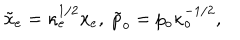
\tilde { x } _ { e } = \kappa _ { e } ^ { 1 / 2 } x _ { e } , \; \tilde { p } _ { o } = p _ { o } \kappa _ { o } ^ { - 1 / 2 } ,